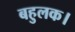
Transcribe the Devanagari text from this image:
बहुलक।